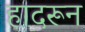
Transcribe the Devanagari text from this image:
हादरून